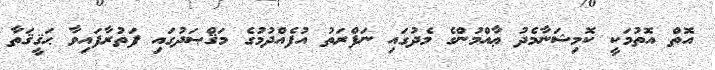
އޮތް އޮތުމަކީ ކޮމިޝަނާމެދު ޢާއްމުންގެ މެދުގައި ނަފްރަތު އުފެއްދުމުގެ މަޤްޞަދުގައި ފަތުރާފައިވާ ޙަޤީޤަތާ